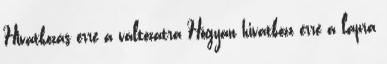
Hivatkozás erre a változatra Hogyan hivatkozz erre a lapra